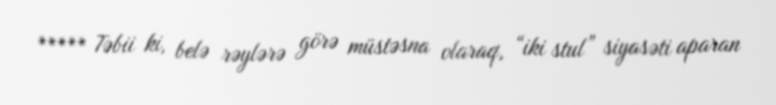
***** Təbii ki, belə rəylərə görə müstəsna olaraq, “iki stul” siyasəti aparan